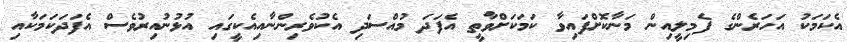
އެކަމަކު އަހަރެންގެ ފެމިލީއިން މަނާކޮށްފައިވާ ކަމަކަށްވާތީ އެފަދަ މުއްސަދި އެކުވެރިންނާއިއެކީގައި އުޅުނުއިރުވެސް އެފަދަކަމަކާއި